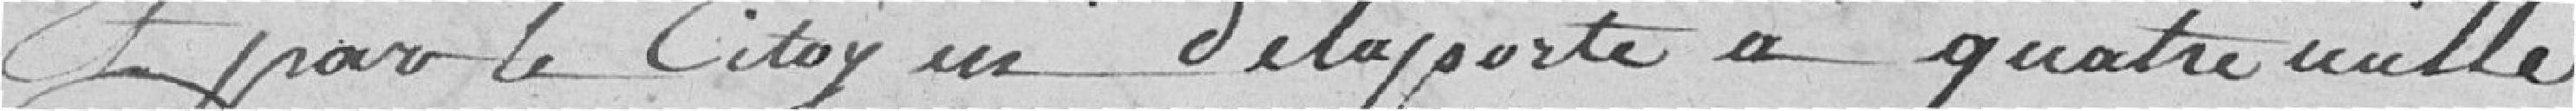
Et par le citoyen Delaporte à quatre mille